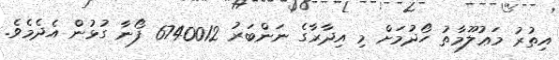
އިތުރު މަޢުލޫމާތު ހޯދުމަށް މި އިދާރާގެ ނަންބަރު 6740012 ފޯނާ ގުޅުން އެދެމެވެ.